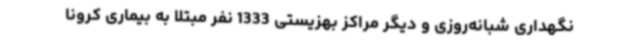
نگهداری شبانه‌روزی و دیگر مراکز بهزیستی 1333 نفر مبتلا به بیماری کرونا